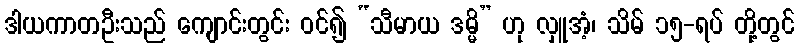
ဒါယကာတဦးသည် ကျောင်းတွင်း ဝင်၍ “သီမာယ ဒမ္မိ” ဟု လှူအံ့၊ သိမ် ၁၅-ရပ် တို့တွင်